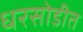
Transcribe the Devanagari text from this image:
धरसोडीत